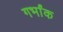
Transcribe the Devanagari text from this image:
गर्भांक